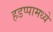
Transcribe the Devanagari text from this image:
हडप्पामध्ये